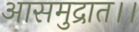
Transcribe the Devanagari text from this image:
आसमुद्रात।।